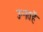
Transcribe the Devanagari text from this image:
उन्नतहैं